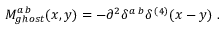
{ \cal M } _ { g h o s t } ^ { a \, b } ( x , y ) = - \partial ^ { 2 } \delta ^ { a \, b } \delta ^ { \, ( 4 ) } ( x - y ) \; .